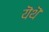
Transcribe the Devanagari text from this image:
यॆथॆ